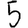
Digit: 5